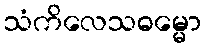
သံကိလေသဓမ္မော